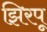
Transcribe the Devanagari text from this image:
झिरपू